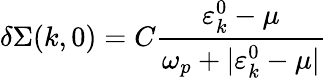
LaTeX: \delta\Sigma(k,0)=C\frac{\varepsilon_{k}^{0}-\mu}{\omega_{p}+|\varepsilon_{k}^{0}-\mu|}